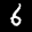
Label: 6